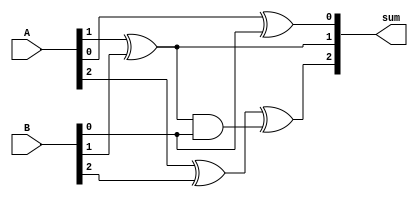
module kogge_stone_adder (
  input [7:0] A,
  input [7:0] B,
  output [8:0] sum
);

wire [8:0] p, g;
wire [8:0] c;

assign {p[0], g[0]} = A[0] ^ B[0];
assign c[1] = p[0] & B[0];
assign {p[1], g[1]} = A[1] ^ B[1] ^ c[1];
assign c[2] = p[1] & g[0] | g[1] & B[0];
assign {p[2], g[2]} = A[2] ^ B[2] ^ c[2];
assign c[3] = p[2] & g[1] | g[2] & g[0] | p[2] & g[0];
// continue this pattern for the remaining bits

assign sum[0] = A[0] ^ B[0];
assign sum[1] = A[1] ^ B[1] ^ c[1];
assign sum[2] = A[2] ^ B[2] ^ c[2];
// continue this pattern for the remaining bits

endmodule